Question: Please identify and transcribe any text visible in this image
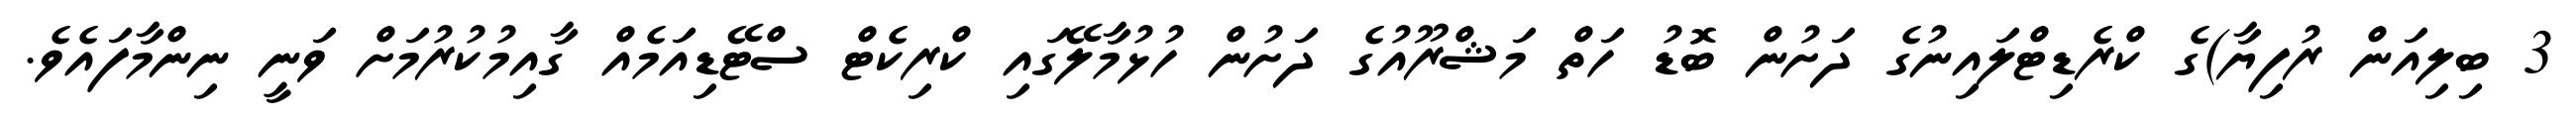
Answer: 3 ބިލިއަން ރުފިޔާ)ގެ ކްރެޑިޓްލައިނުގެ ދަށުން ބޮޑު ހަތް މަޝްރޫއުގެ ދަށުން ހުޅުމާލޭގައި ކްރިކެޓް ސްޓޭޑިއަމެއް ގާއިމުކުރުމަށް ވަނީ ނިންމާފައެވެ.